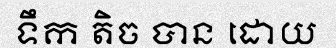
ទឹក តិច បាន ដោយ